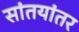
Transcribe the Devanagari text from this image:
सांतयांतर